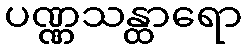
ပဏ္ဏသန္ထာရော